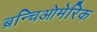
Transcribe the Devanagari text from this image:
ब्रन्चिओमेरिक